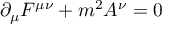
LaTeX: \partial _ { \mu } F ^ { \mu \nu } + m ^ { 2 } A ^ { \nu } = 0